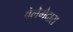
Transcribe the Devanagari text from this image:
वेलेगेदारा